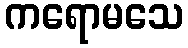
ကရောမသေ